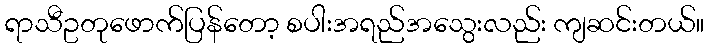
ရာသီဥတုဖောက်ပြန်တော့ စပါးအရည်အသွေးလည်း ကျဆင်းတယ်။